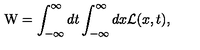
\mathrm { W } = \int _ { - \infty } ^ { \infty } d t \int _ { - \infty } ^ { \infty } d x { \cal L } ( x , t ) ,